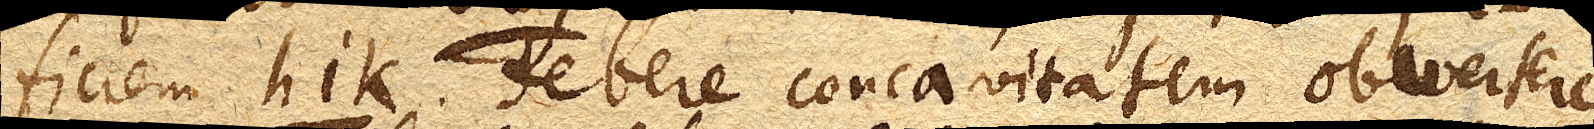
ficiem hik. debere concavitatem obvertere